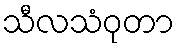
သီလသံဝုတာ